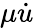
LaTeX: \mu\dot{u}